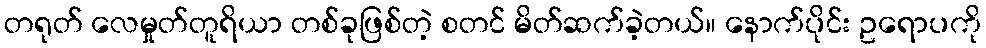
တရုတ် လေမှုတ်တူရိယာ တစ်ခုဖြစ်တဲ့ စတင် မိတ်ဆက်ခဲ့တယ်။ နောက်ပိုင်း ဥရောပကို